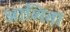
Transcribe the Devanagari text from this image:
आशिता